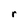
Character: r